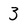
Character: 3